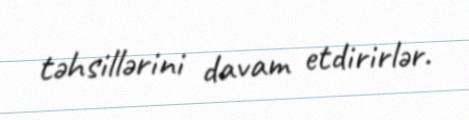
təhsillərini davam etdirirlər.